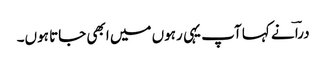
دراؔ نے کہا آپ یہی رہوں میں ابھی جاتا ہوں۔